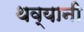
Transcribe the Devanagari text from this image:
थव्यानी